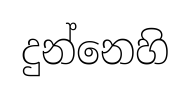
දුන්නෙහි